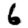
Digit: 6